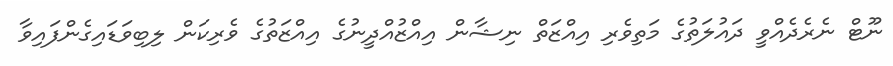
ނޫޓް ނެރެދެއްވީ ދައުލަތުގެ މަތިވެރި އިއްޒަތް ނިޝާން އިއްޒުއްދީނުގެ އިއްޒަތުގެ ވެރިކަން ލިބިވަޑައިގެންފައިވާ